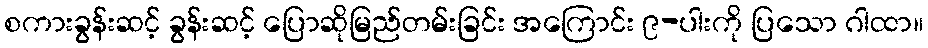
စကားခွန်းဆင့် ခွန်းဆင့် ပြောဆိုမြည်တမ်းခြင်း အကြောင်း ၉-ပါးကို ပြသော ဂါထာ။